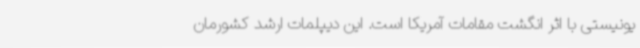
یونیستی با اثر انگشت مقامات آمریکا است. این دیپلمات ارشد کشورمان